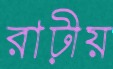
রাঢ়ীয়